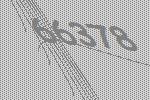
66378